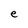
Character: e